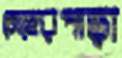
মেহেরপাড়া